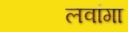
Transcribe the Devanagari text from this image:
लवांगा